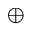
\oplus